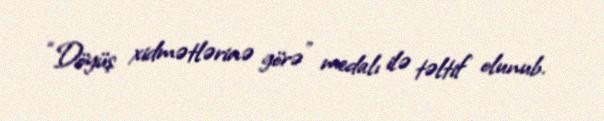
“Döyüş xidmətlərinə görə” medalı ilə təltif olunub.